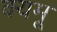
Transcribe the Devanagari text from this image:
क्यमू